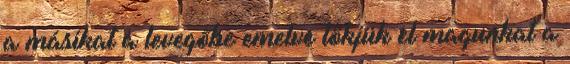
a másikat a levegőbe emelve lökjük el magunkat a